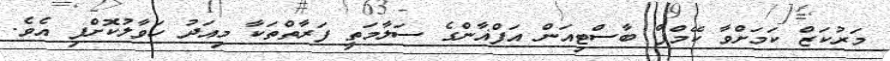
މަރުކަޒް ކަމަށްވާ ކޭމްޕް ބާސްޓިއަން އަފްޣާންގެ ސަލާމަތީ ފަރާތްތަކާ މިއަދު ހަވާލުކޮށްފި އެވެ.